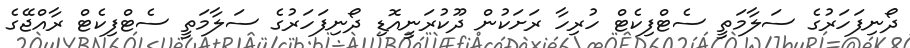
ދޯނިފަހަރުގެ ސަލާމަތީ ސެޓްފިކެޓް ހުރިހާ ރަށަކުން ދޫކުރަނީއޮޑި ދޯނިފަހަރުގެ ސަލާމަތީ ސެޓްފިކެޓް ރާއްޖޭގެ